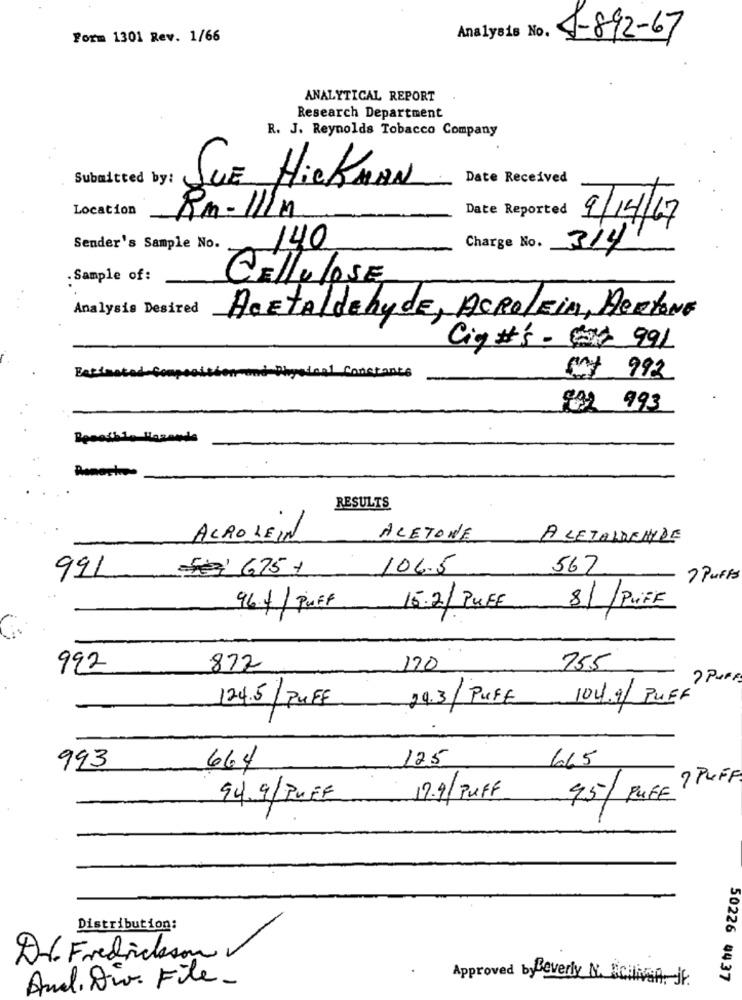
Form 1301 Rev. 1/66
$-892-67
ANALYTICAL REPORT
Research Department
R. J. Reynolds Tobacco Company
Submitted by:
Date Received
SUE HICKMAN
Location
Date Reported
Rm- 11/m
9/14/17
Sender's Sample No.
140
Charge No.
3/4'
. Sample of:
CELLULOSE
Analysis Desired
AcetAldehyde, ASROLEin, MertONE
Cig #'s - 1 991
Physical Constants
og 992
832 993
RESULTS
ACROLEIN
ACETONE
A SETALDEHYDE
Te' 675 +
106.5
567
991
2 Puffs
81 /PUFF
96.4/ Puff
15.2/ PUFF
992
877
170
755
104.9 PUFF
124.5/PUFF
24.3/ PUFF
125
615
993
664
7 PUFF
94.9/PUFF
12.9/PUFF
95/ PUFF
Distribution:
D-6 Fredrickson
Anal. Div. File_
Approved by Beverly N. Balivin it
50226 4437